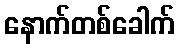
နောက်တစ်ခေါက်